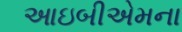
આઇબીએમના